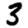
Digit: 3